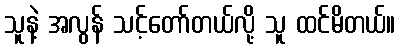
သူနဲ့ အလွန် သင့်တော်တယ်လို့ သူ ထင်မိတယ်။